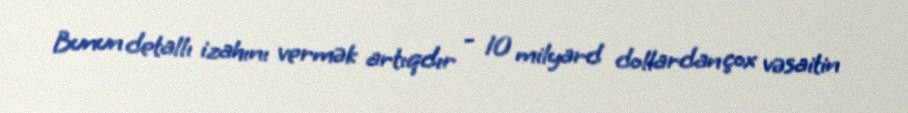
Bunun detallı izahını vermək artıqdır - 10 milyard dollardan çox vəsaitin